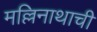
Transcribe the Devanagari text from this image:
मल्लिनाथाची